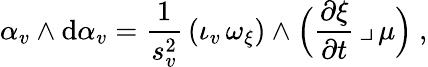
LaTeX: \alpha_{v}\wedge\mathrm{d}\alpha_{v}=\frac{1}{s_{v}^{2}}\, (\iota_{v}\, \omega_{\xi})\wedge\Big(\frac{\partial\xi}{\partial t}\, \lrcorner\, \mu\Big)\ ,